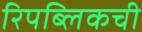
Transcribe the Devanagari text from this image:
रिपब्लिकची